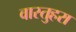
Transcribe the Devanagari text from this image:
वास्तुहरा